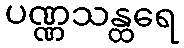
ပဏ္ဏသန္ထရေ